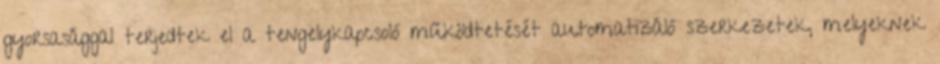
gyorsasággal terjedtek el a tengelykapcsoló működtetését automatizáló szerkezetek, melyeknek